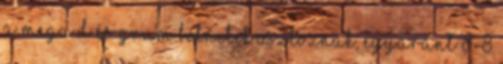
a Mega D és Grum botnetek osztoznak, egyaránt 8-8